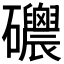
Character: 𥗸